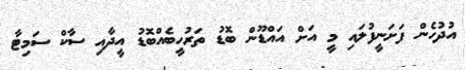
އުދުހެން ފަށަނީފުލައި މީ އަށް އައްޑޫން ބޮޑު ތަރުހީބެއްބޮޑު އީދާއި ސާކް ސަމިޓާ